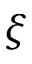
\xi